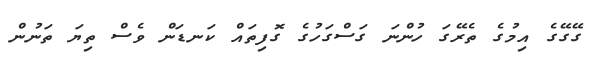
ގޭގޭގެ އިމުގެ ތެރޭގަ ހުންނަ ގަސްގަހުގެ ގޮފިތައް ކަނޑަން ވެސް ތިޔަ ތަނުން